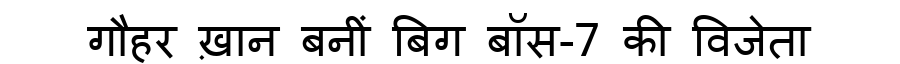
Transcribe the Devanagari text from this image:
गौहर ख़ान बनीं बिग बॉस-7 की विजेता